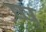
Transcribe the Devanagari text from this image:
ष्ष